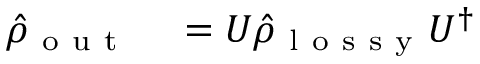
\begin{array} { r l } { \hat { \rho } _ { \mathrm { ~ o ~ u ~ t ~ } } } & { { } = U \hat { \rho } _ { \mathrm { ~ l ~ o ~ s ~ s ~ y ~ } } U ^ { \dag } } \end{array}